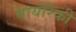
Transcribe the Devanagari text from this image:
बायोरेकी